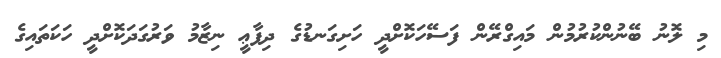
މި ލޮނު ބޭނުންކުރުމުން މައިގްރޭން ފަސޭހަކޮށްދީ ހަށިގަނޑުގެ ދިފާޢީ ނިޒާމު ވަރުގަދަކޮށްދީ ހަކަތައިގެ